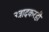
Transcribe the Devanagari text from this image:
उत्रादकरही